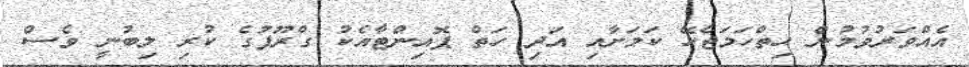
އެއްވަރުވުމުން ހިތްހަމަޖެހޭ ކަމަށާއި އަދި ހަތް ޕޮއިންޓާއެކު ގްރޫޕުގެ ކުރި ލިބުނީ ވެސް